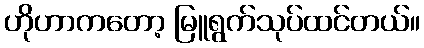
ဟိုဟာကတော့ မြူရွက်သုပ်ထင်တယ်။